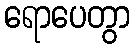
ရောပေတွာ